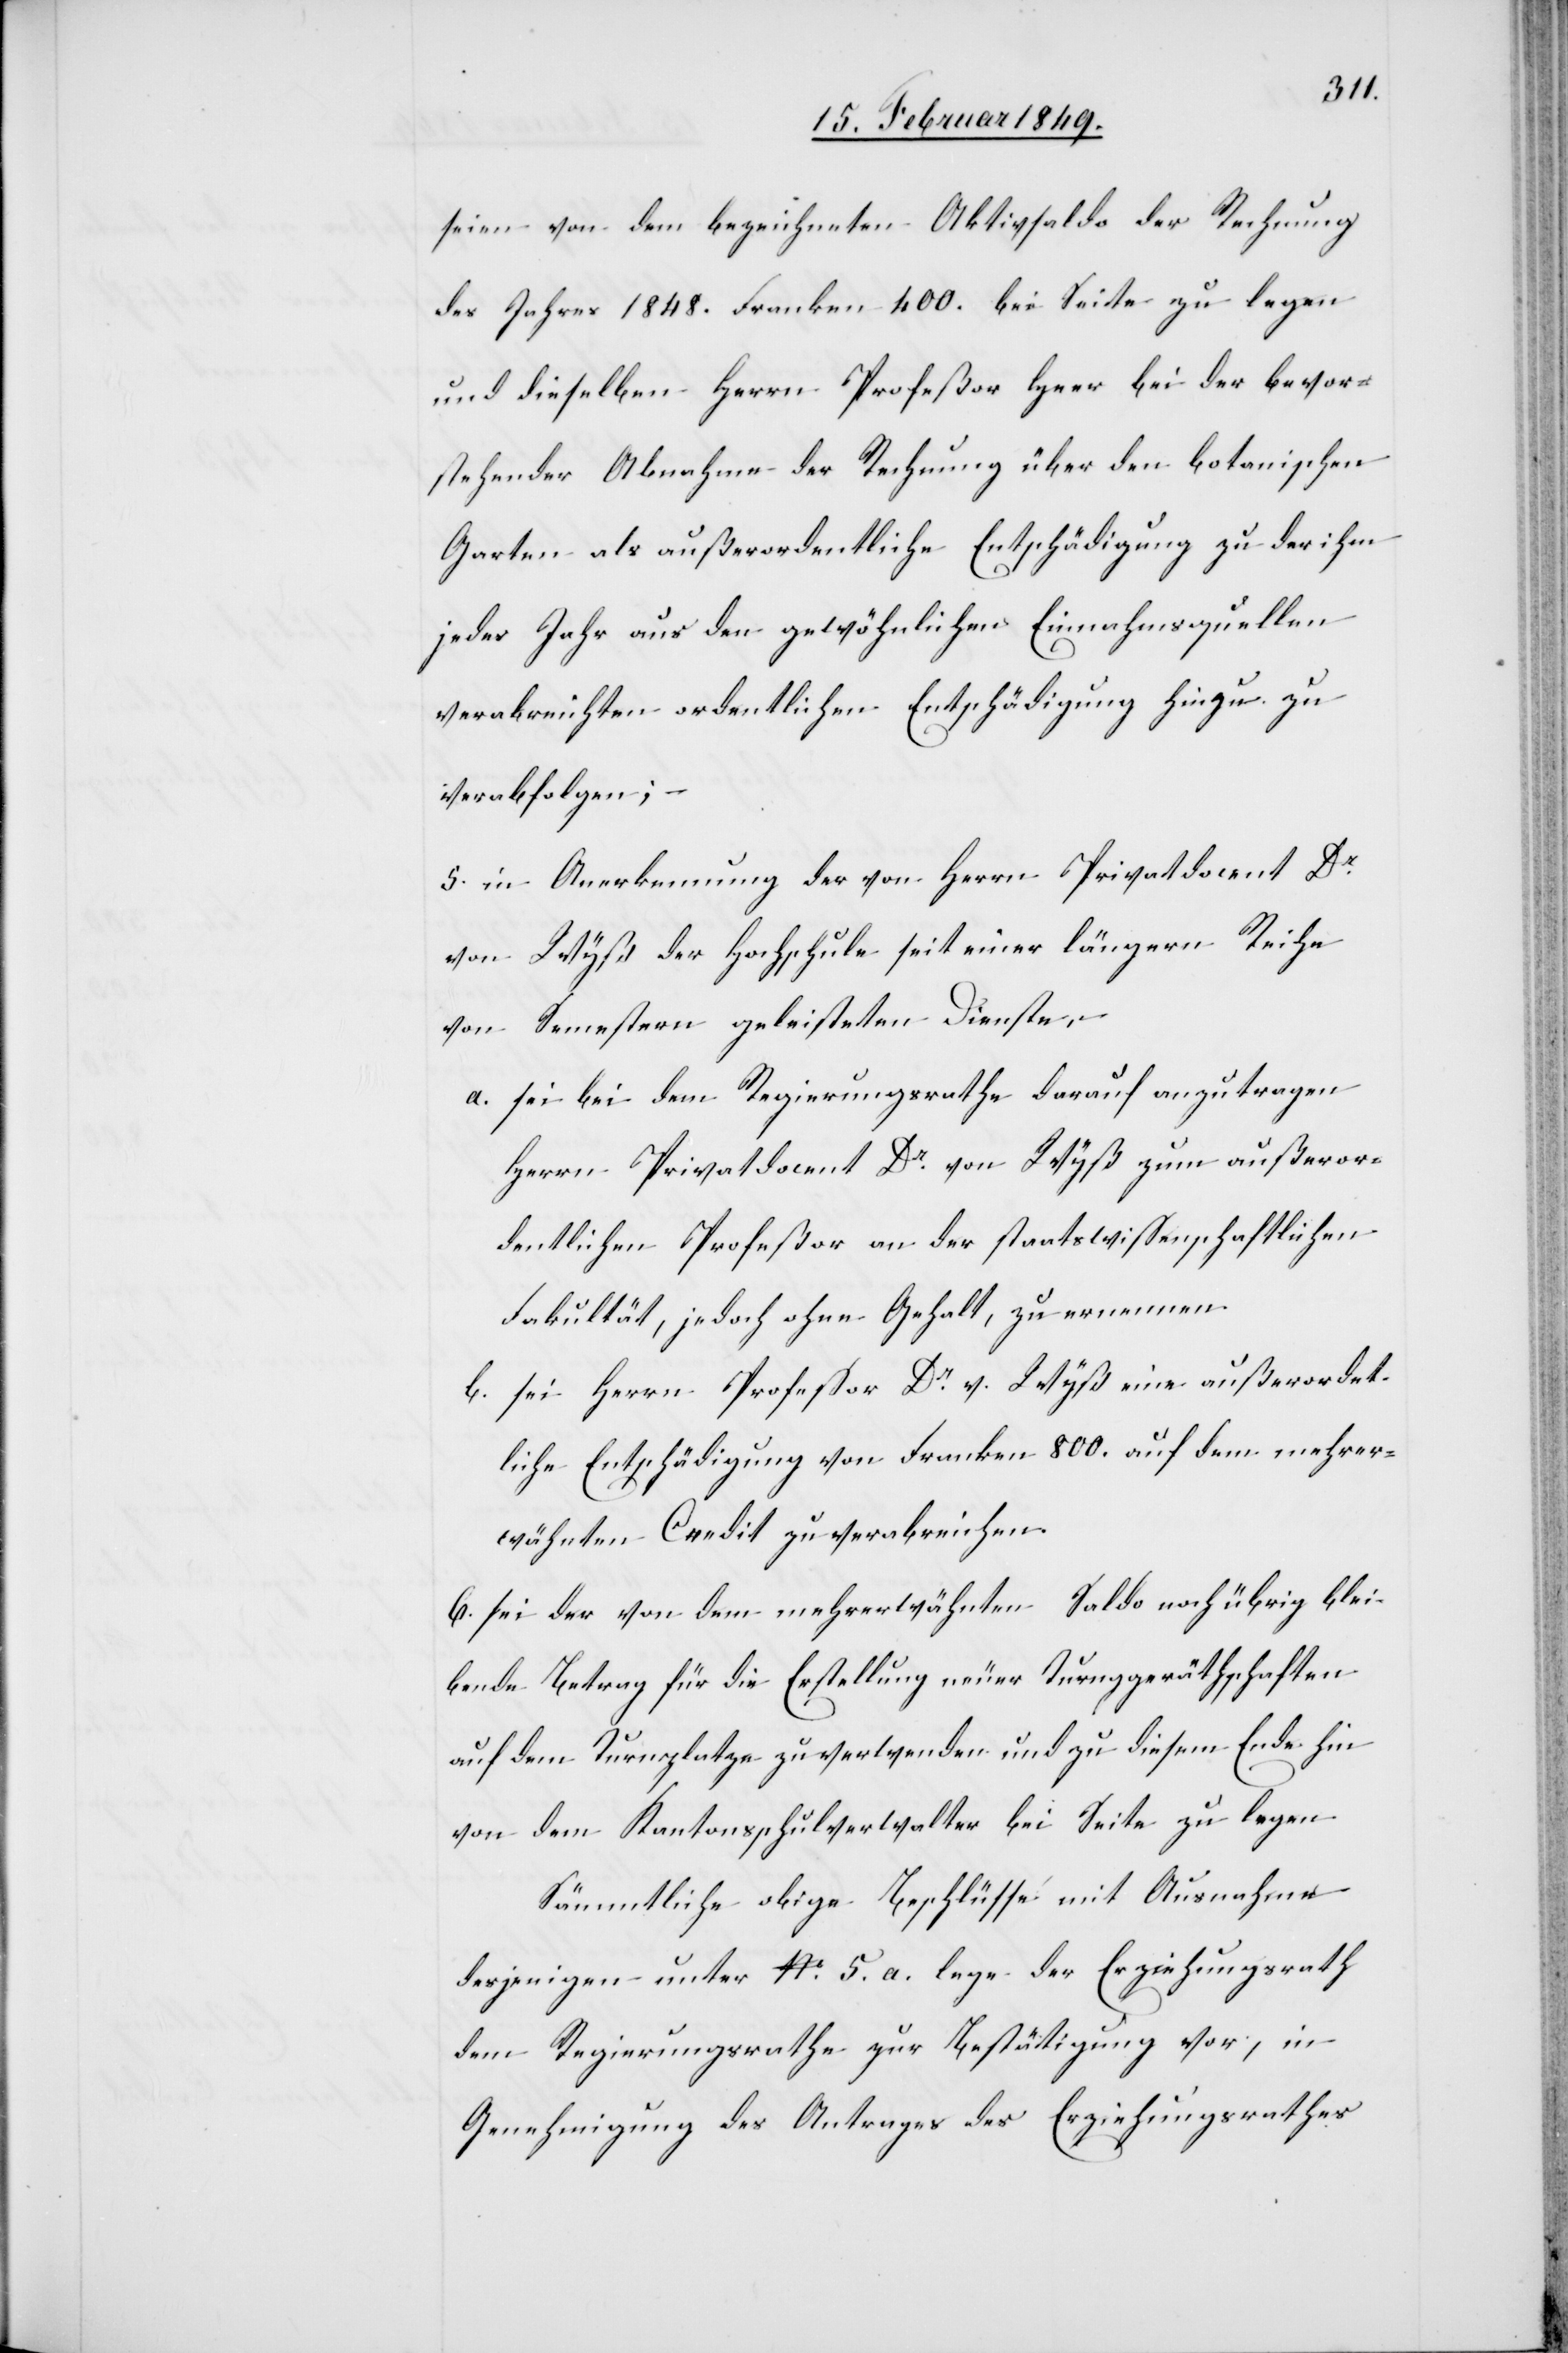
seien von dem bezeichneten Aktivsaldo der Rechnung
des Jahres 1848. Franken 400. bei Seite zu legen
und dieselben Herrn Profeßor Heer bei der bevor¬
stehender [sic!] Abnahme der Rechnung über den botanischen
Garten als außerordentliche Entschädigung zu der ihm
jedes Jahr aus den gewöhnlichen Einnahmsquellen
verabreichten ordentlichen Entschädigung hinzu zu
verabfolgen; –
5. in Anerkennung der von Herrn Privatdocent Dr.
von Wyß der Hochschule seit einer längern Reihe
von Semestern geleisteten Dienste,
a. sei bei dem Regierungsrathe darauf anzutragen
Herrn Privatdocent Dr. von Wyß zum außeror¬
dentlichen Profeßor an der staatswissenschaftlichen
Fakultät, jedoch ohne Gehalt, zu ernennen.
b. sei Herrn Professor Dr. v. Wyß eine außerordent¬
liche Entschädigung von Franken 800. auf dem mehrer¬
wähnten Credit zu verabreichen.
6. sei der von dem mehrerwähnten Saldo noch übrig blei¬
bende Betrag für die Erstellung neuer Turngeräthschaften
auf dem Turnplatze zu verwenden und zu diesem Ende hin
von dem Kantonsschulverwalter bei Seite zu legen
Sämmtliche obige Beschlüsse mit Ausnahme
desjenigen unter No. 5. a. lege der Erziehungsrath
dem Regierungsrathe zur Bestätigung vor, in
Genehmigung des Antrages des Erziehungsrathes